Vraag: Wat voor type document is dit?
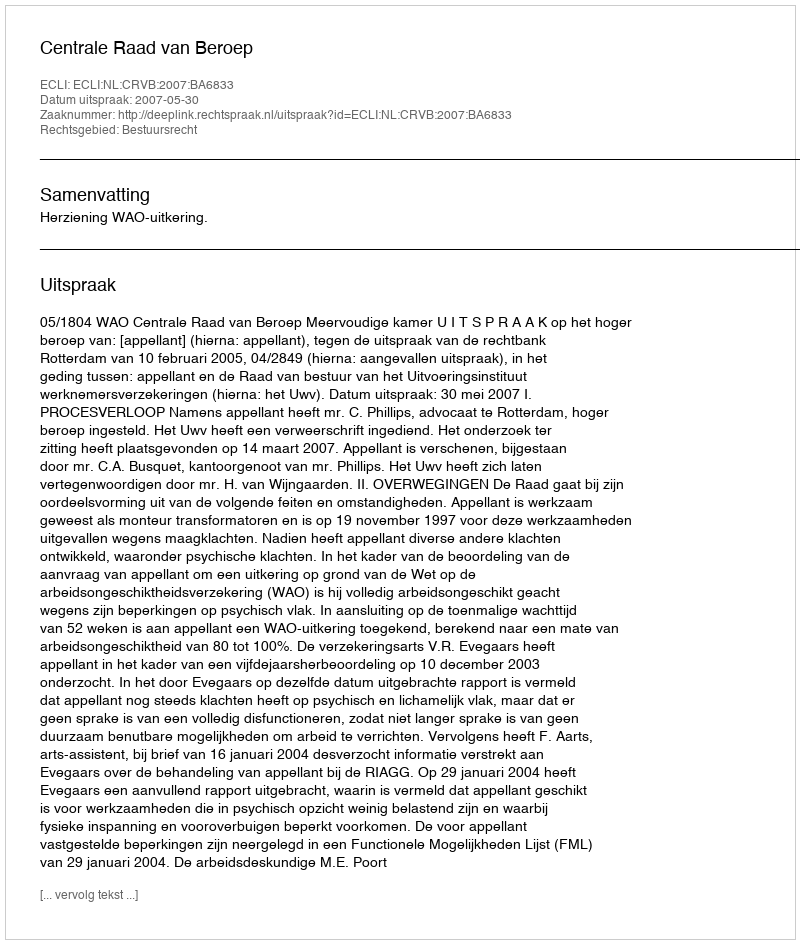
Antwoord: Uitspraak